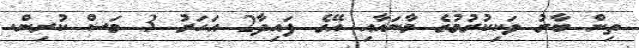
ތިން ބާރު ވަކިކުރުމުގެ މާނައާއި އޭގެ ފައިދާ2 އަހަރު 3 މަސް ކުރިން.